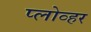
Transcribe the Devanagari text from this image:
प्लोव्हर